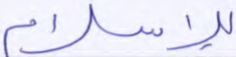
للإسلام